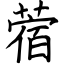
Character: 蓿